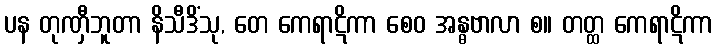
ပန တုဏှီဘူတာ နိသီဒိံသု, တေ ကေရာဋိကာ စေဝ အန္ဓဗာလာ စ။ တတ္ထ ကေရာဋိကာ